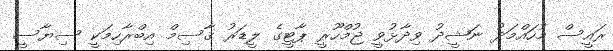
ރައީސް މުހައްމަދު ނަޝީދު ވިދާޅުވީ ޖުމްހޫރީ ޕާޓީގެ ލީޑަރު ޤާސިމް އިބްރާހިމަކީ ސިޔާސީ